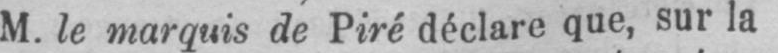
M. le marquis de Piré déclare que, sur la